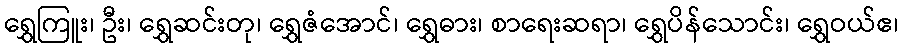
ရွှေကြူး၊ ဦး၊ ရွှေဆင်းတု၊ ရွှေဇံအောင်၊ ရွှေဓား၊ စာရေးဆရာ၊ ရွှေပိန်သောင်း၊ ရွှေဝယ်ဧ၊